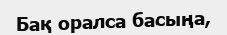
Бақ оралса басыңа,